Indian journal of veterinary science and animal husbandry - Volume 11,
Year: 1941
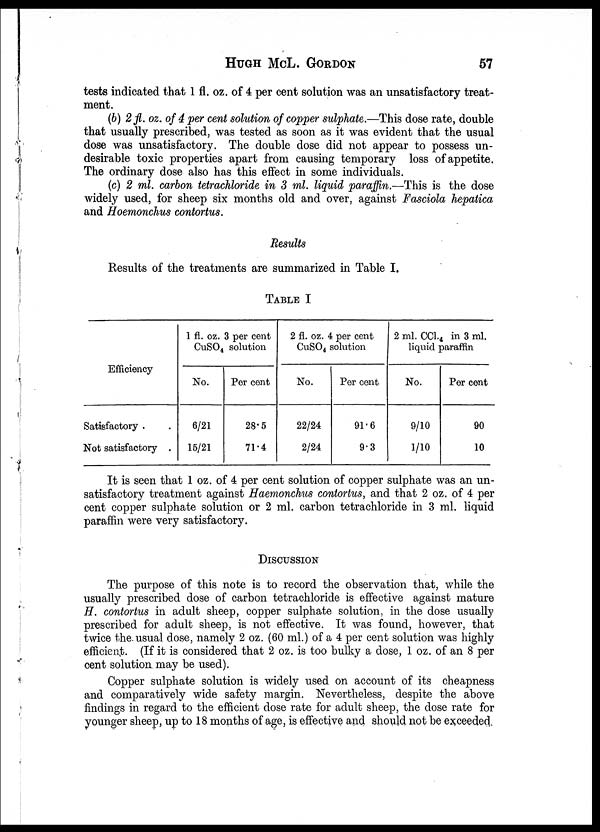
HUGH
McL.
GORDON
57
tests indicated that 1 fl. oz. of 4 per cent solution was an unsatisfactory treat-
ment.
(b) 2 fl. oz. of 4 per cent solution of copper sulphate.—This dose rate, double
that usually prescribed, was tested as soon as it was evident that the usual
dose was unsatisfactory. The double dose did not appear to possess un-
desirable toxic properties apart from causing temporary loss of appetite.
The ordinary dose also has this effect in some individuals.
(c) 2 ml. carbon tetrachloride in 3 ml. liquid paraffin.—This is the dose
widely used, for sheep six months old and over, against Fasciola hepatica
and Hoemonchus contortus.
Results
Results of the treatments are summarized in Table I.
TABLE I
Efficiency
Satisfactory . .
Not satisfactory .
1 fl. oz. 3 per cent
CuSO 4 solution
No.
6/21
15/21
Per cent
28.5
71.4
2 fl. oz. 4 per cent
CuSO 4 solution
No.
22/24
2/24
Per cent
91.6
9.3
2 ml. CCl. 4 in 3 ml.
liquid paraffin
No.
9/10
1/10
Per cent
90
10
It is seen that 1 oz. of 4 per cent solution of copper sulphate was an un-
satisfactory treatment against Haemonchus contortus, and that 2 oz. of 4 per
cent copper sulphate solution or 2 ml. carbon tetrachloride in 3 ml. liquid
paraffin were very satisfactory.
DISCUSSION
The purpose of this note is to record the observation that, while the
usually prescribed dose of carbon tetrachloride is effective against mature
H. contortus in adult sheep, copper sulphate solution, in the dose usually
prescribed for adult sheep, is not effective. It was found, however, that
twice the. usual dose, namely 2 oz. (60 ml.) of a 4 per cent solution was highly
efficient. (If it is considered that 2 oz. is too bulky a dose, 1 oz. of an 8 per
cent solution may be used).
Copper sulphate solution is widely used on account of its cheapness
and comparatively wide safety margin. Nevertheless, despite the above
findings in regard to the efficient dose rate for adult sheep, the dose rate for
younger sheep, up to 18 months of age, is effective and should not be exceeded